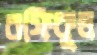
রফিকুল